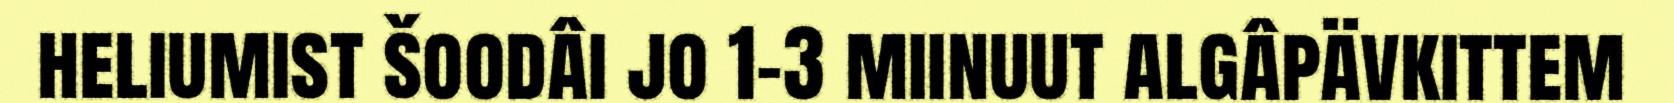
heliumist šoodâi jo 1–3 miinuut algâpävkittem